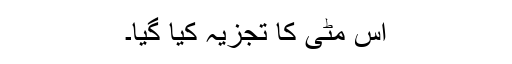
اس مٹی کا تجزیہ کیا گیا۔